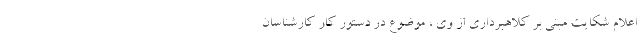
اعلام شکایت مبنی بر کلاهبرداری از وی ، موضوع در دستور کار کارشناسان